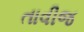
તાવીજ